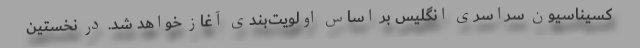
کسیناسیون سراسری انگلیس بر اساس اولویت‌بندی آغاز خواهد شد. در نخستین